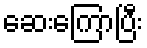
ဆေးကြောပြီး